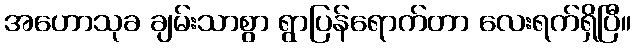
အဟောသုခ ချမ်းသာစွာ ရွာပြန်ရောက်တာ လေးရက်ရှိပြီ။